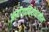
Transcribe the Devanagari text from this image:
आयोगाविरोधातील